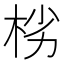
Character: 㭞